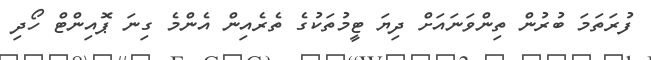
ފުރަތަމަ ބުރުން ތިންވަނައަށް ދިޔަ ޓީމުތަކުގެ ތެރެއިން އެންމެ ގިނަ ޕޮއިންޓް ހޯދި